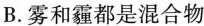
B.雾和霾都是混合物